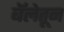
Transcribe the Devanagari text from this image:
बॅलेतून